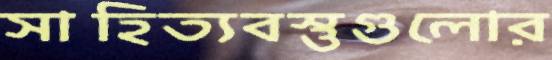
সাহিত্যবস্তুগুলোর